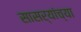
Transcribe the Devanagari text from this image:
सासर्‍यांच्या